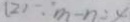
( 2 ) \because m - n = 4